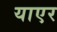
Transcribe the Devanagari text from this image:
याएर